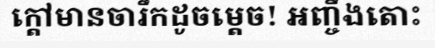
ក្តៅមានចារឹកដូចម្តេច! អញ្ចឹងតោះ